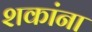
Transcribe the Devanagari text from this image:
शकांना